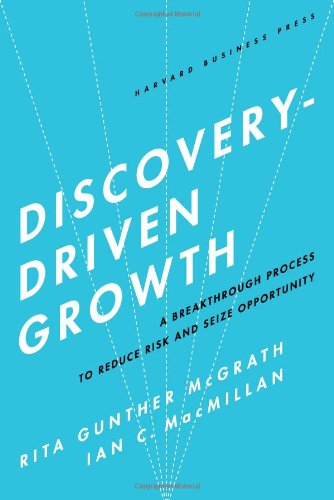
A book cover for Discovery-Driven Growth: A Breakthrough Process to Reduce Risk and Seize Opportunity; Rita Gunther McGrath; Business & Money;